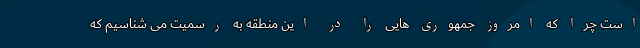
است چرا که امروز جمهوری هایی را در این منطقه به رسمیت می شناسیم که